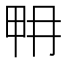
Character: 𤱋